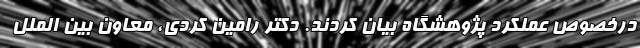
درخصوص عملکرد پژوهشگاه بیان کردند. دکتر رامین کردی، معاون بین الملل